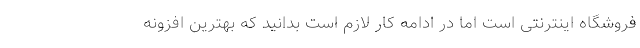
فروشگاه اینترنتی است اما در ادامه کار لازم است بدانید که بهترین افزونه